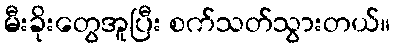
မီးခိုးတွေအူပြီး စက်သတ်သွားတယ်။